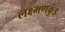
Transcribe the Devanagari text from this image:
लक्ष्मणकुंड